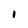
Character: 1